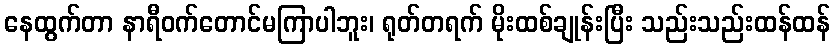
နေထွက်တာ နာရီဝက်တောင်မကြာပါဘူး၊ ရုတ်တရက် မိုးထစ်ချုန်းပြီး သည်းသည်းထန်ထန်